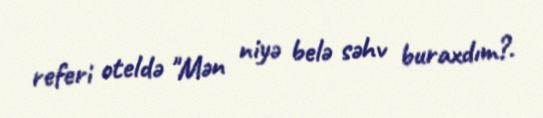
referi oteldə "Mən niyə belə səhv buraxdım?.